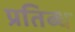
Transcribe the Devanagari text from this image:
प्रतिब्ध